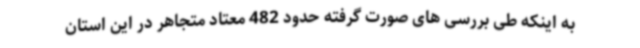
به اینکه طی بررسی های صورت گرفته حدود 482 معتاد متجاهر در این استان